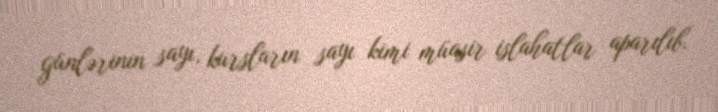
günlərinin sayı, kursların sayı kimi müasir islahatlar aparılıb.